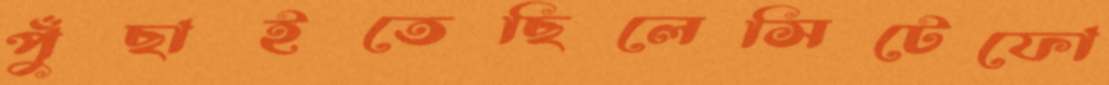
পুঁছাইতেছিলেসিটেফো